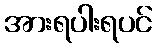
အားရပါးရပင်